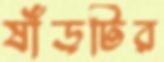
ষাঁড়টির